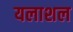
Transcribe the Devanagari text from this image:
यलाशल